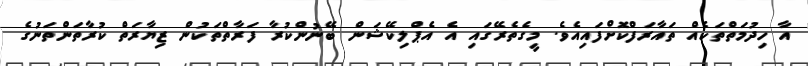
އާ ހިދުމަތްތަކެއް ތައާރަފްކޮށްފައިއެވެ. މީގެތެރޭގައި އެ އެޕްލިކޭޝަން ބޭނުންކުރާ ފަރާތްތަކުން ޒިޔާރަތް ކުރާތަންތަނުގެ